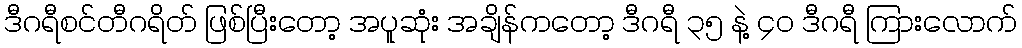
ဒီဂရီစင်တီဂရိတ် ဖြစ်ပြီးတော့ အပူဆုံး အချိန်ကတော့ ဒီဂရီ ၃၅ နဲ့ ၄၀ ဒီဂရီ ကြားလောက်